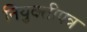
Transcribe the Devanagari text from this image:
नियुक्तीपत्र